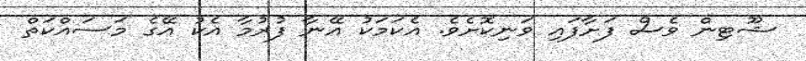
ޝޫޓިން ވެސް ފަށާފައި ވަނިކޮށެވެ. އެކަމަކު އޭނާ ފުރުމާ އެކު އޭގެ މަސައްކަތް